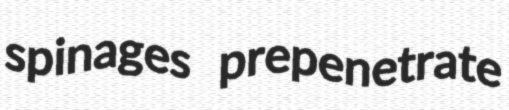
spinages prepenetrate